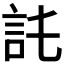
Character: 𧥫